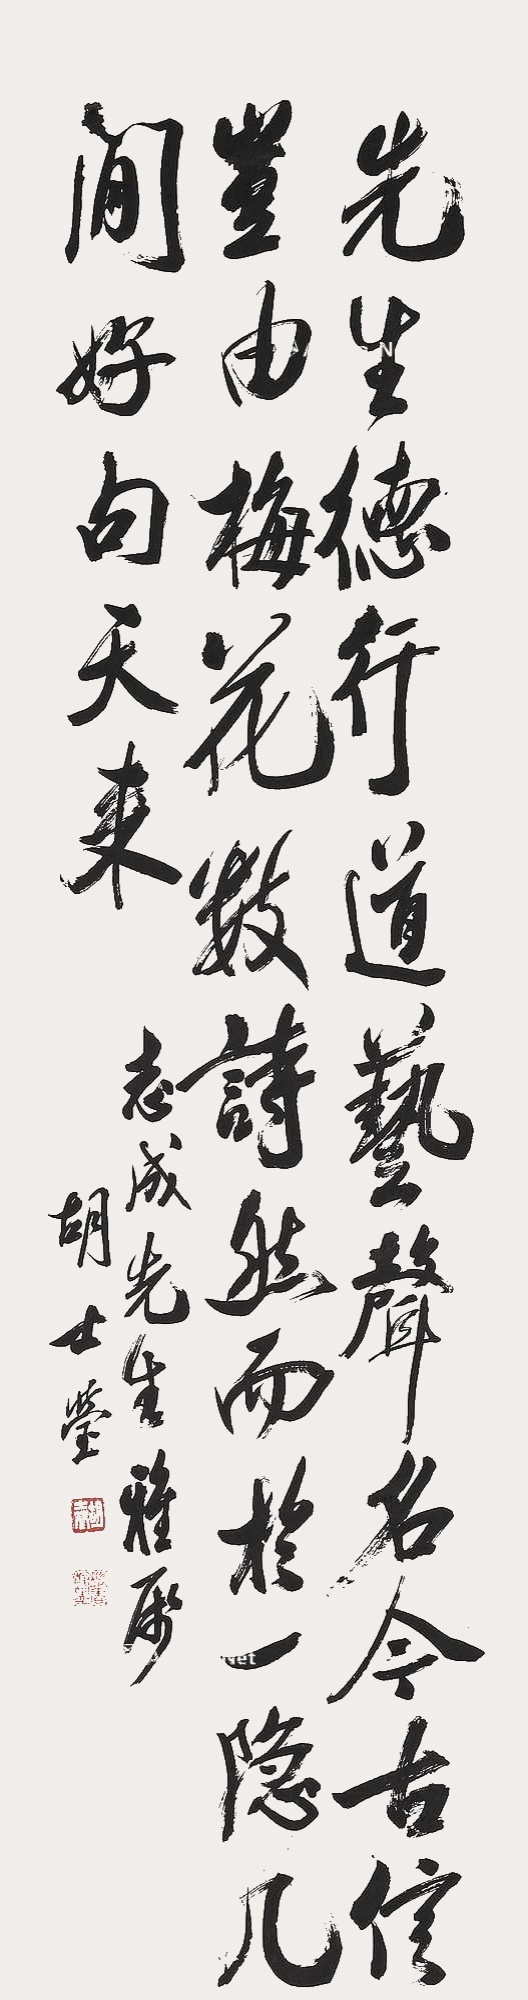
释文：先生德行道艺，声名今古，信岂由梅花数诗然，而于一隐几间，好句天来。志成先生雅属，胡士莹。